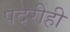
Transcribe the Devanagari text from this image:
पदरीही